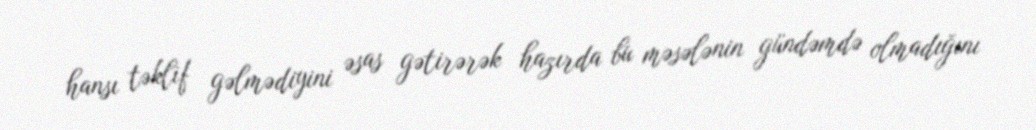
hansı təklif gəlmədiyini əsas gətirərək hazırda bu məsələnin gündəmdə olmadığını